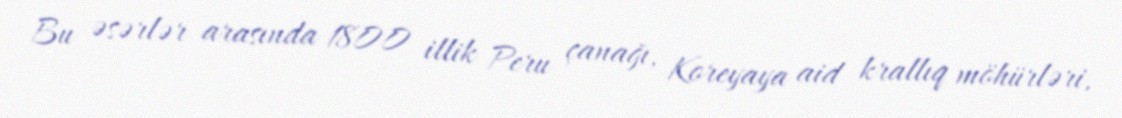
Bu əsərlər arasında 1800 illik Peru çanağı, Koreyaya aid krallıq möhürləri,